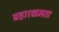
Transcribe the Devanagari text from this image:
प्रहारक्षमता